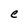
Character: e